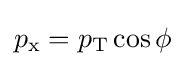
p_{\text{x}}=p_{\text{T}}\cos \phi